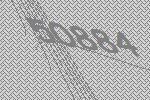
50884